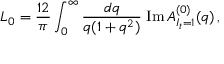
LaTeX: L _ { 0 } = { \frac { 1 2 } { \pi } } \int _ { 0 } ^ { \infty } { \frac { d q } { q ( 1 + q ^ { 2 } ) } } \; \mathrm { I m } \, A _ { I _ { t } = 1 } ^ { ( 0 ) } ( q ) \, ,